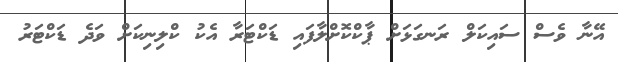
އޭނާ ވެސް ސައިކަލް ރަނގަޅަށް ޕާކްކޮށްލާފައި ޑަކްޓަރާ އެކު ކްލިނިކަށް ވަދެ ޑަކްޓަރު